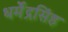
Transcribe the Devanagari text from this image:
धर्मेंद्रसिंह